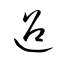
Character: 迢